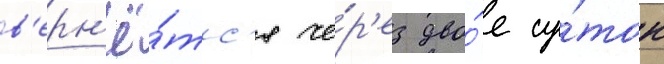
в'ерн'ё́тс'я че́р'ез дво́е су́ток